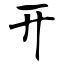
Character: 开